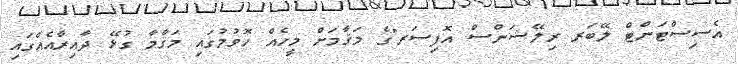
އެސިސްޓަންޓް ލޭބަރ ރިލޭޝަންސް އޮފިސަރ"ގެ މަޤާމަށް މީހެއް ހޮވުމުގައި މަޤާމާ ގުޅޭ ދާއިރާއެއްގައި